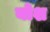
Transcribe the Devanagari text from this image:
योश